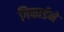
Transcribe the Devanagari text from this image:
गिफार्डने